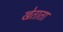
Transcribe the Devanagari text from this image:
खेताता